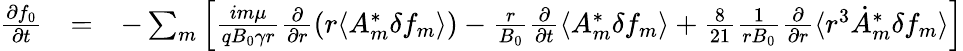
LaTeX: \begin{array}{rlr}{\frac{\partial f_{0}}{\partial t}}&{=}&{-\sum_{m}\left[\frac{im\mu}{qB_{0}\gamma r}\frac{\partial}{\partial r}\left(r\langle A_{m}^{*}\delta f_{m}\rangle\right)-\frac{r}{B_{0}}\frac{\partial}{\partial t}\langle{A}_{m}^{*}\delta f_{m}\rangle+\frac{8}{21}\frac{1}{rB_{0}}\frac{\partial}{\partial r}\langle r^{3}\dot{A}_{m}^{*}\delta f_{m}\rangle\right]}\end{array}